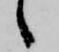
候